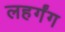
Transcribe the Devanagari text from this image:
लहर्गंग